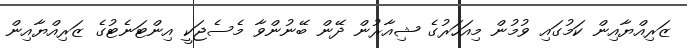
ޒަރިއްޔާއިން ކަމުގައި ވުމުން މިއަހަރުގެ ޝިއާރުން ދޭން ބޭނުންވާ މެސެޖަކީ އިންޓަނެޓުގެ ޒަރިއްޔާއިން